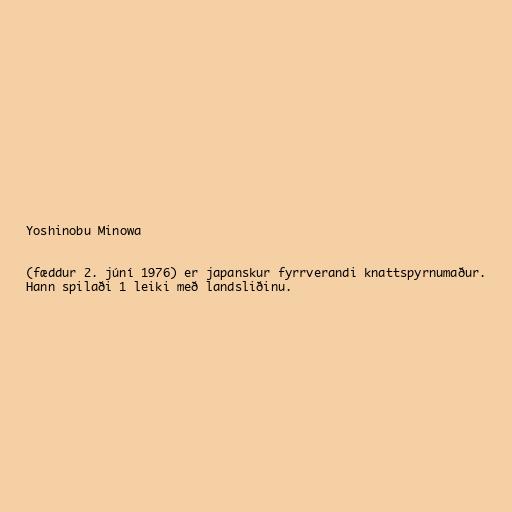
Yoshinobu Minowa

(fæddur 2. júní 1976) er japanskur fyrrverandi knattspyrnumaður.
Hann spilaði 1 leiki með landsliðinu.